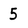
Character: 5